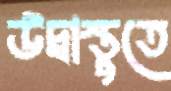
উদ্বাস্তুতে